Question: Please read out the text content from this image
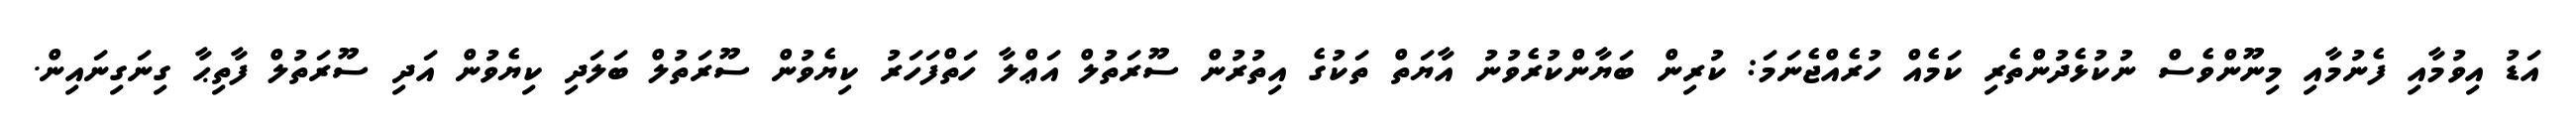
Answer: އަޑު އިވުމާއި ފެނުމާއި މިނޫންވެސް ނުކުޅެދުންތެރި ކަމެއް ހުރެއްޖެނަމަ: ކުރިން ބަޔާންކުރެވުނު އާޔަތް ތަކުގެ އިތުރުން ސޫރަތުލް އަޢްލާ ހަތްފަހަރު ކިޔެވުން ސޫރަތުލް ބަލަދި ކިޔެވުން އަދި ސޫރަތުލް ފާތިޙާ ގިނަގިނައިން.